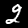
Digit: 2